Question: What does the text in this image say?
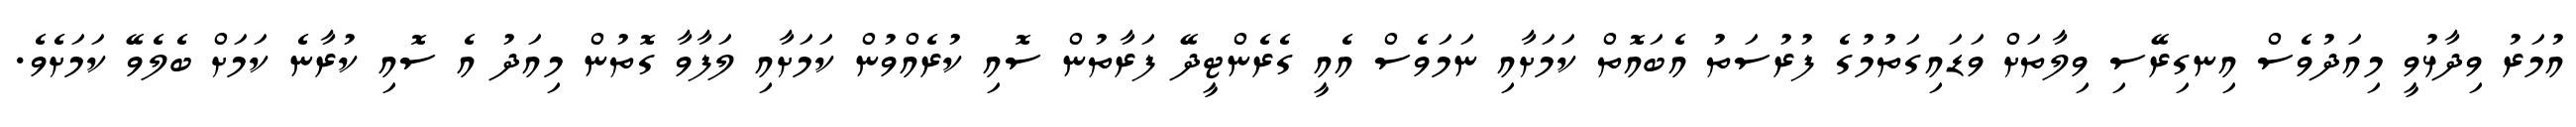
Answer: އުމަރު ވިދާޅުވީ މިއަދުވެސް އިނގިރޭސި ވިލާތަށް ވަޑައިގަތުމުގެ ފުރުސަތު އެބައޮތް ކަމަށާއި ނަމަވެސް އެއީ ގެރެންޓީދޭ ފަރާތުން ސޮއި ކުރެއްވުން ކަމަށާއި ލަފާވާ ގޮތުން މިއަދު އެ ސޮއި ކުރާނެ ކަމަށް ބެލެވޭ ކަމަށެވެ.